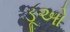
ડૂઓ